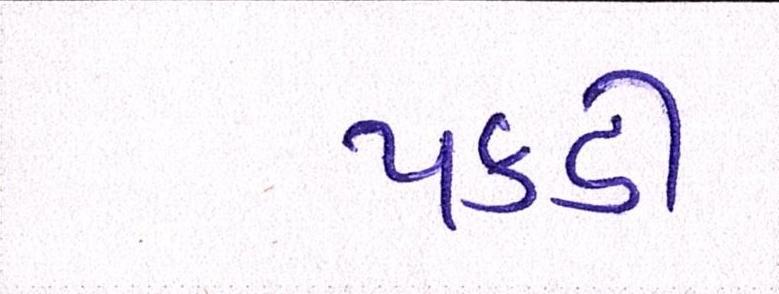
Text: પકડી